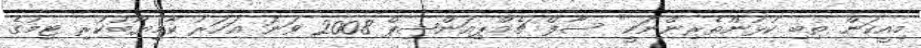
މިއީކަން ތިބި ކުޅުންތެރިންނަކީ" ސާފް ޗެމްޕިއަންޝިޕް 2008 ވަނަ އަހަރު ކާމިޔާބުކުރި ޓިމުގެ